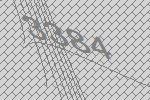
3384